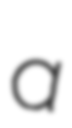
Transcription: a